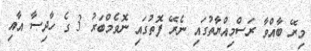
މިރޭ ބާއްވާ ރަސްމިއްޔާތުގައި ނެރޭ ފޮތުގައި ނޮވެމްބަރު 3 ގެ ހާދިސާ އާއި